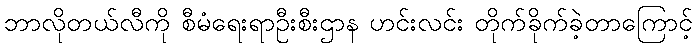
ဘာလိုတယ်လီကို စီမံရေးရာဦးစီးဌာန ဟင်းလင်း တိုက်ခိုက်ခဲ့တာကြောင့်